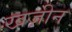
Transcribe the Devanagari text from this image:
खज़ीन